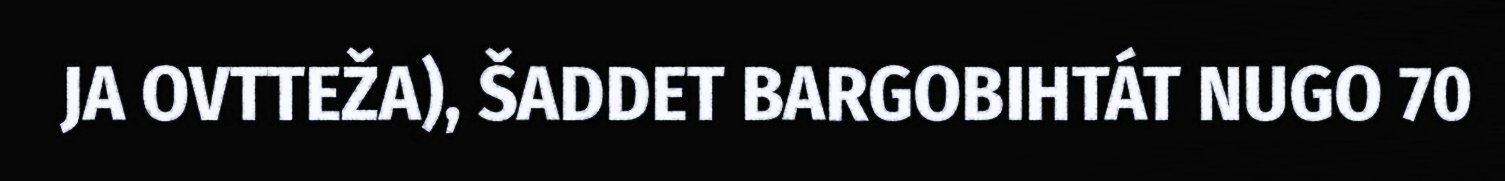
JA OVTTEŽA), ŠADDET BARGOBIHTÁT NUGO 70